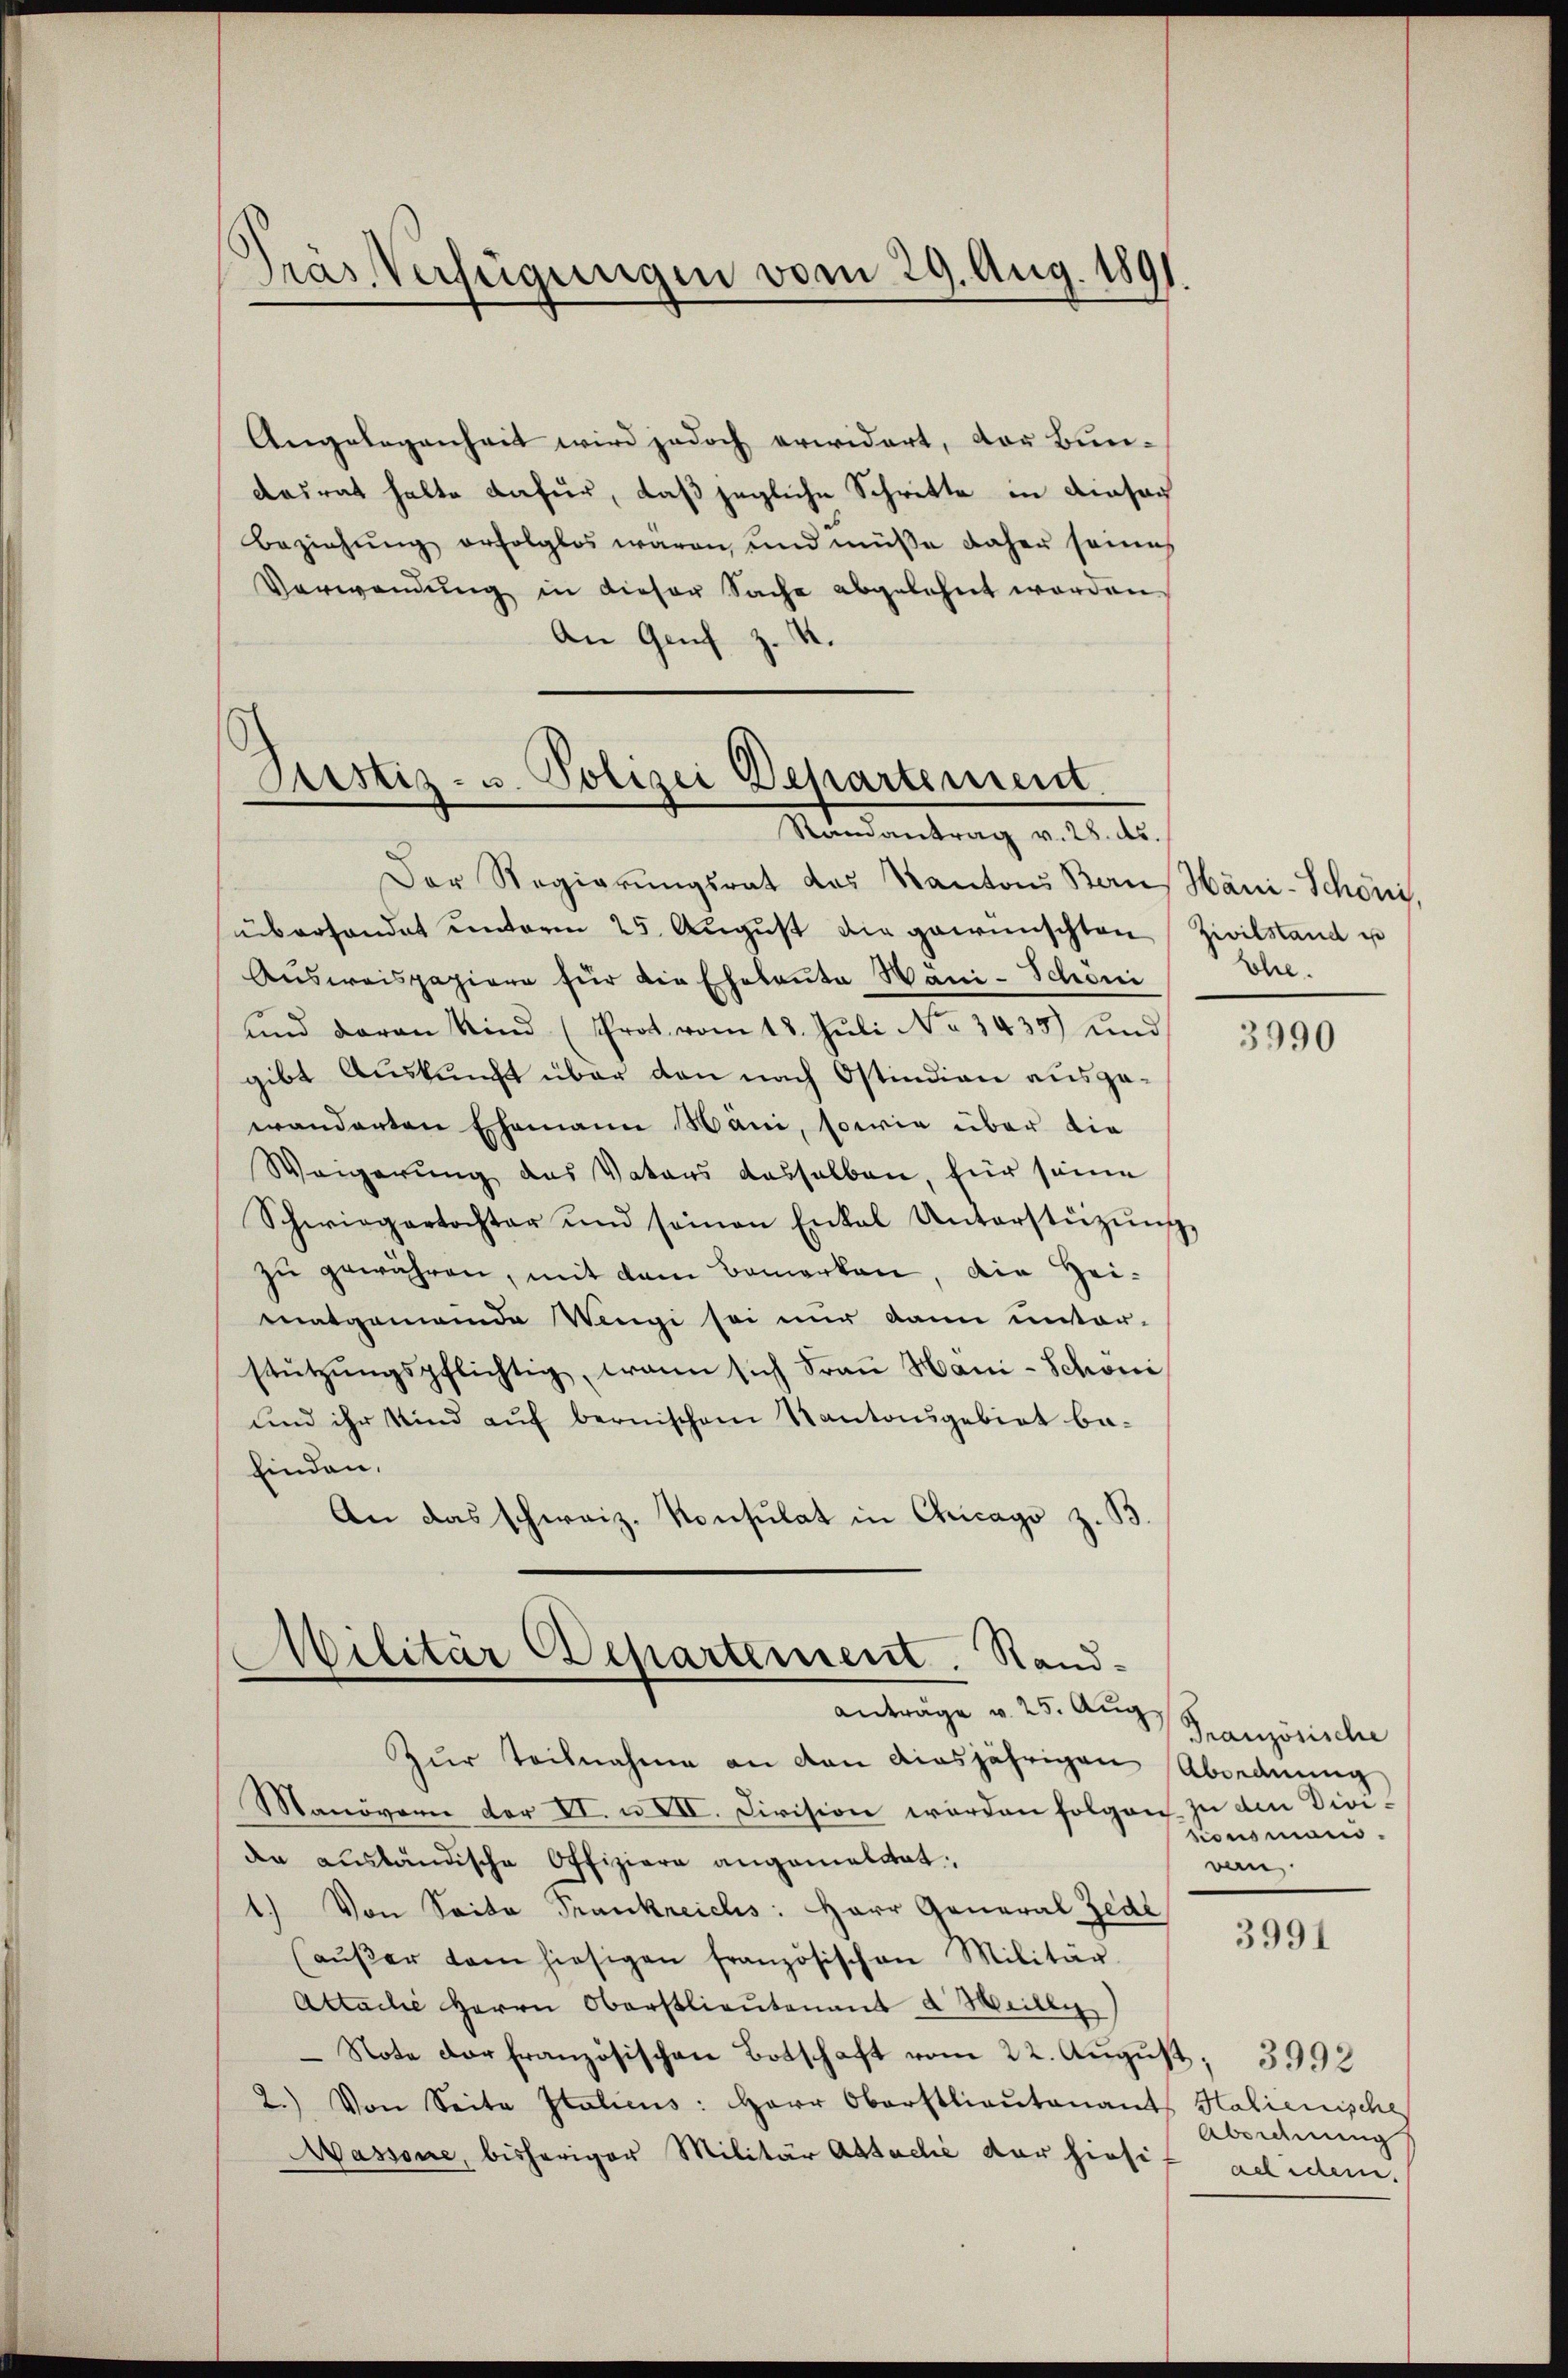
Präs Verfügungen vom 29. Aug. 1891

Angelegenheit wird jedoch erwidert, der Bundasrat hatte dafür, daß jegliche Schritte in einsac
Beziehŭng erfolglos waren und müsse daher seines
Verwendŭng in dieser Sache abgelehnt worden
An Genf z. 4

Prstiz- u. Polizei Departement.
Mitnantrag v. 21. 2.

Der Regierŭngsrat das Kantons Bau Häni-Schöni,
überhandet unterm 25. Aŭgŭst die gewünschten Zivilstand u
Aŭsweispapiere für die Ehebaŭte Häni-Schöni
und daran Kind (Prot. vom 18. Jŭli No 3435) und
gibt Auskunft über den nach Ostindian ausgewänderten Ehemann Näni, sowie über die
Weigerung des Vaters dasselben, für seine
Schwiegertochter und seinen Enkel Unterstützŭng
zŭ gewähren, mit dem Bemerken, die Heimatgemeinde Wengi sei nur dann unter-
stützŭngspflichtig, wann sich Frau Hani-Schöni
und ihr Kind auf bernischem Kantonsgebiet ba-
finden.
An das schweiz. Konsulat in Chicago z. B.

Militär Departement. Sand¬
Anträge v. 25. Aug. Französische

hre.

Zur Teilnahme an den diesjährigen Abordnung
Manövern der VI. u XII. Division werden folgen zu den Dividen ausländische Offiziere angemeldet,
1.) Von Seite Frankreichs: Herr General Zede
(aŭβer dem hiesigen französischen Militär-
Attache Herrn Oberstlieutenant d Heille)
Note der Französischen Botschaft vom 22. Aŭgŭst
2.) Von Seite Italicus: Herr Oberstlieutenant Halienische
Nassone, bisheriger Militär Astacle der hiesis achidem.

3990

sionsmand.
van

3991

3992
Abeichnung